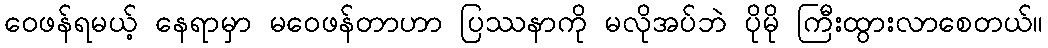
ဝေဖန်ရမယ့် နေရာမှာ မဝေဖန်တာဟာ ပြဿနာကို မလိုအပ်ဘဲ ပိုမို ကြီးထွားလာစေတယ်။